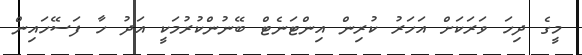
މީގެ ދިހަ ވަރަކަށް އަހަރު ކުރިން އިންޓަނެޓް ބޭނުންކުރުމަކީ އަދު ހާ ފަސޭހައިން